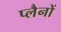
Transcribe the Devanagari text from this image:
प्लैनों